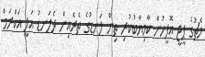
މެޗުގެ ޕީޖީ އޮފީހުން ކާމިޔާބުކުރި ތިން ލަނޑުގެ ތެރެއިން ދެލަނޑު އަލީ އަކްރަމް